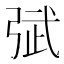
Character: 𰐙